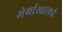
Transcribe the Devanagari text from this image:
भेगांखालचे